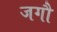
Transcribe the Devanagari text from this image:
जगौ